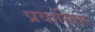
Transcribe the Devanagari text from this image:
प्रवासिता